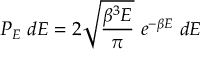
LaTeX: P _ { E } ~ d E = 2 { \sqrt { \frac { \beta ^ { 3 } E } { \pi } } } ~ e ^ { - \beta E } ~ d E